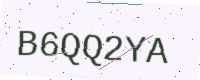
Text: B6QQ2YA